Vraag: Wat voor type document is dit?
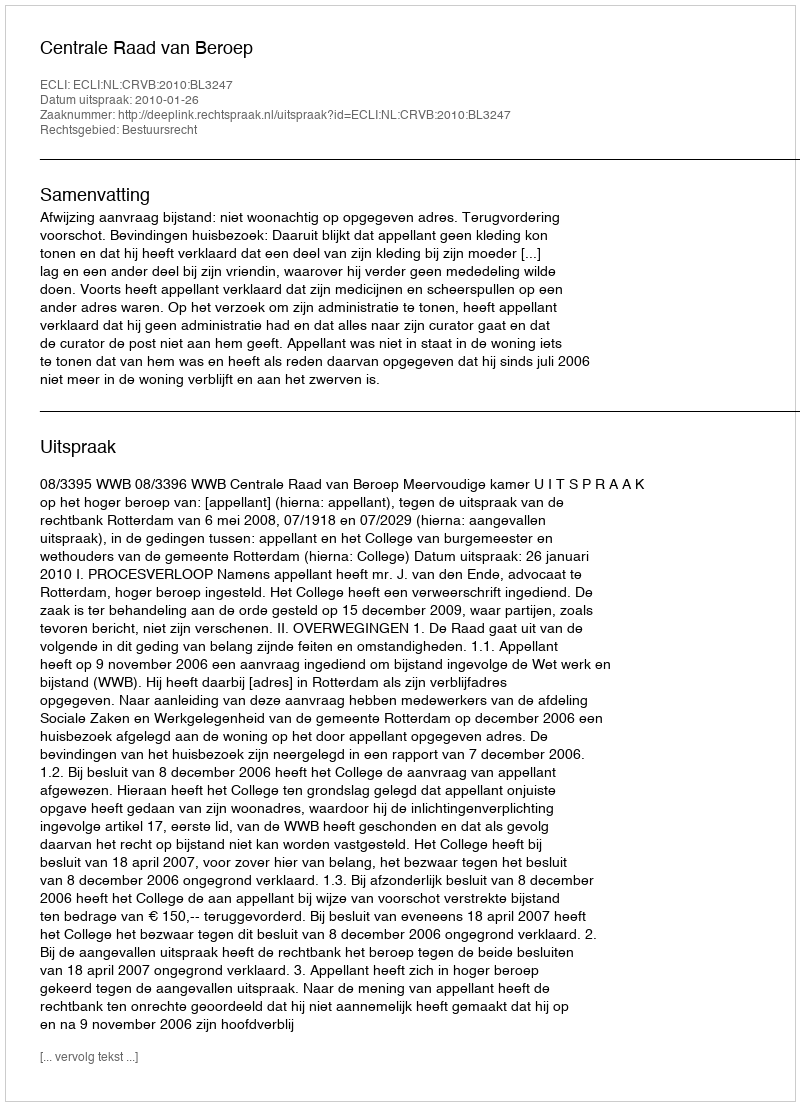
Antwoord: Uitspraak